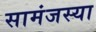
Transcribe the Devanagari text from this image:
सामंजस्या